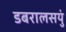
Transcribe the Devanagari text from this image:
डबरालसयुं